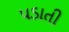
પડાતી